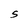
Character: S